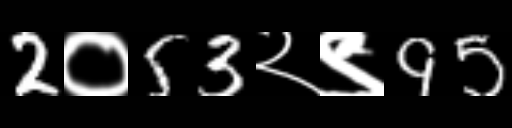
Text: 2०53२९95